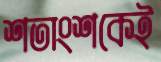
শতাংশকেই